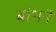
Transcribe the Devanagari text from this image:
बांभनै